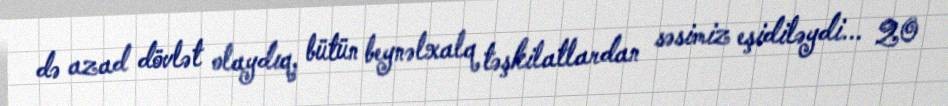
də azad dövlət olaydıq, bütün beynəlxalq təşkilatlardan səsimiz eşidiləydi... 20